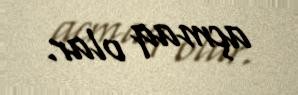
açmaq olar.